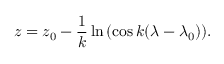
z = z _ { 0 } - \frac { 1 } { k } \ln { \left( \cos { k ( \lambda - \lambda _ { 0 } ) } \right) } .